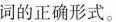
词的正确形式.